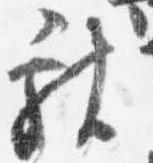
献